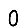
Digit: 0